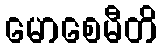
မောစေမီတိ